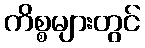
ကိစ္စများတွင်